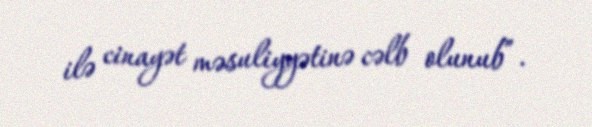
ilə cinayət məsuliyyətinə cəlb olunub”.